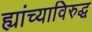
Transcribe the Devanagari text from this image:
ह्यांच्याविरुद्ध